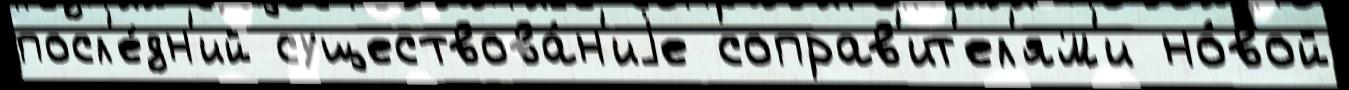
посл'е́дн'ий существова́н'иjе соправ'ит'ел'ям'и но́вой